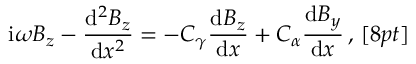
\mathrm { i } \omega B _ { z } - \frac { \mathrm { d } ^ { 2 } B _ { z } } { \mathrm { d } x ^ { 2 } } = - C _ { \gamma } \frac { \mathrm { d } B _ { z } } { \mathrm { d } x } + C _ { \alpha } \frac { \mathrm { d } B _ { y } } { \mathrm { d } x } \, , \, [ 8 p t ]